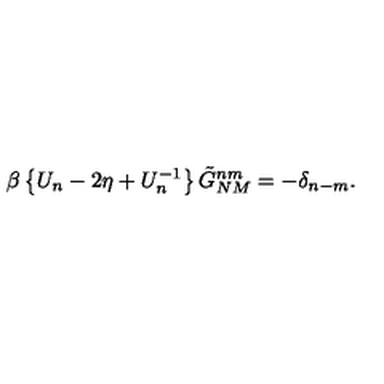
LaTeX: \beta \left\{ U _ { n } - 2 \eta + U _ { n } ^ { - 1 } \right\} \tilde { G } _ { N M } ^ { n m } = - \delta _ { n - m } .